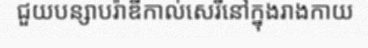
ជួយបន្សាបរ៉ាឌីកាល់សេរីនៅក្នុងរាងកាយ